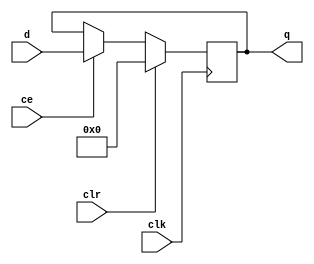
`timescale 1ns / 1ps
//////////////////////////////////////////////////////////////////////////////////
// Company: 
// Engineer: 
// 
// Design Name: 
// Module Name:    PipelineReg 
// Project Name: 
// Target Devices: 
// Tool versions: 
// Description: 
//
// Dependencies: 
//
// Revision: 
// Revision 0.01 - File Created
// Additional Comments: 
//
//////////////////////////////////////////////////////////////////////////////////
module PipelineReg8 (
	input [7:0] d,
	output[7:0] q,
	input clk,
	input clr,
	input ce
    );
	 
	reg [7:0] q_REG;
	always @(posedge clk) 
		if (clr == 1'b1)
			q_REG <= 8'd0;
		else if (ce == 1'b1)
			q_REG <= d;
		else
			q_REG <= q_REG;
	assign q = q_REG;
endmodule

module PipelineReg32 (
	input [31:0] d,
	output[31:0] q,
	input clk,
	input clr,
	input ce
    );
	 
	reg [31:0] q_REG;
	always @(posedge clk) 
		if (clr == 1'b1)
			q_REG <= 31'd0;
		else if (ce == 1'b1)
			q_REG <= d;
		else
			q_REG <= q_REG;
	assign q = q_REG;
endmodule

module PipelineReg40 (
	input [39:0] d,
	output[39:0] q,
	input clk,
	input clr,
	input ce
    );
	 
	reg [39:0] q_REG;
	always @(posedge clk) 
		if (clr == 1'b1)
			q_REG <= 39'd0;
		else if (ce == 1'b1)
			q_REG <= d;
		else
			q_REG <= q_REG;
	assign q = q_REG;
endmodule